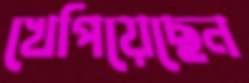
খেপিয়েছেন